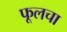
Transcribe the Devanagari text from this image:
फूलचा